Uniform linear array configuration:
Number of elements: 4
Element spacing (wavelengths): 0.25
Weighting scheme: binomial
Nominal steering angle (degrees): -45
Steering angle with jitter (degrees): -45.957
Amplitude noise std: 0.05
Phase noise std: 0.05

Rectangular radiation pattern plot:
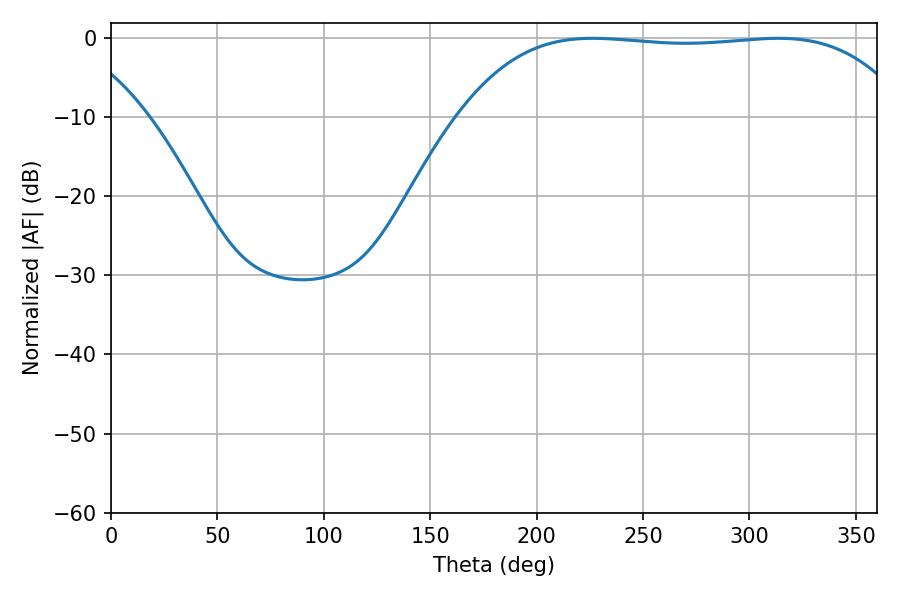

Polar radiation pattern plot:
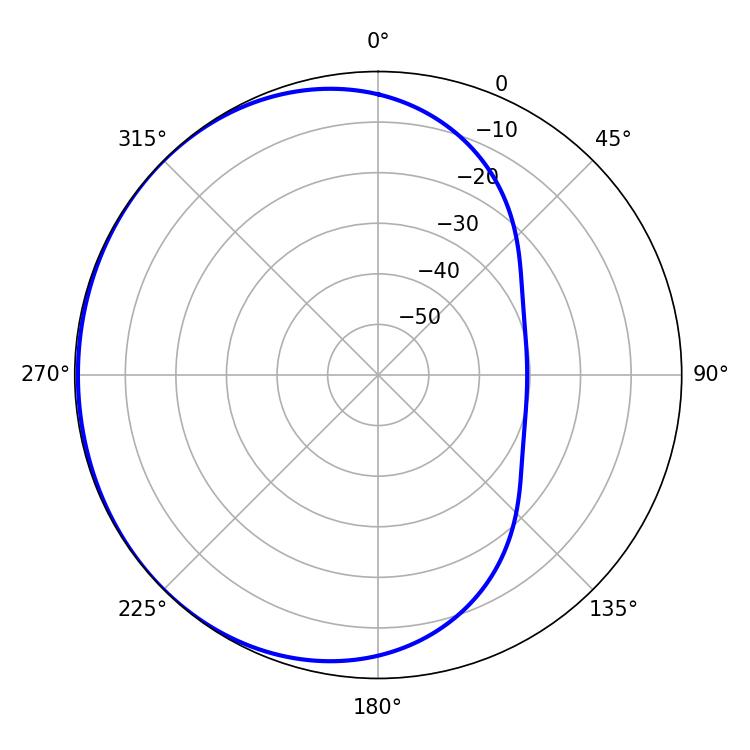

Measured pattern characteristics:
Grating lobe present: FALSE
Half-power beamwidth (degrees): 165.24
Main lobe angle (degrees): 226.44